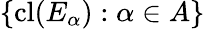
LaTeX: \{ \operatorname{cl}(E_{\alpha}):\alpha\in A\}